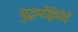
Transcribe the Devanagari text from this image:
युद्धमोहिमेचे